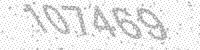
Solution: 107469